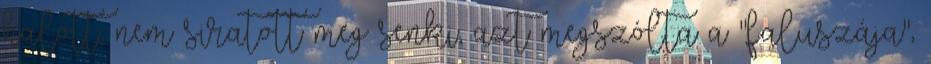
halott, nem siratott meg senki, azt megszólta a "faluszája",